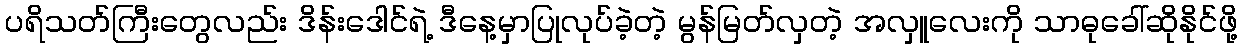
ပရိသတ်ကြီးတွေလည်း ဒိန်းဒေါင်ရဲ့ ဒီနေ့မှာပြုလုပ်ခဲ့တဲ့ မွန်မြတ်လှတဲ့ အလှူလေးကို သာဓုခေါ်ဆိုနိုင်ဖို့